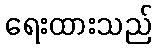
ရေးထားသည်